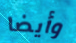
وأيضا